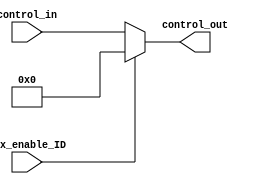
module mux_ID
(


    input Mux_enable_ID,
    input [9:0] control_in,
    output reg [9:0] control_out

);
supply0 gnd;
always @(*)
begin
    if (Mux_enable_ID)
        control_out <= gnd;
    else
        control_out <= control_in;
end


    
endmodule